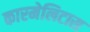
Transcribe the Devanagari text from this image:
कारमेलिटास